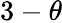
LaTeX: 3-\theta